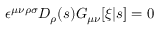
\epsilon ^ { \mu \nu \rho \sigma } { \cal D } _ { \rho } ( s ) G _ { \mu \nu } [ \xi | s ] = 0